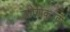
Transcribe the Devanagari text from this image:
कोणकुश्ती